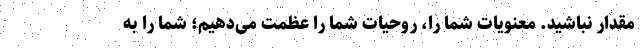
مقدار نباشید. معنویات شما را، روحیات شما را عظمت می‌دهیم؛ شما را به